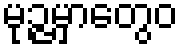
မုဉ္ဇမှာတွေဝ